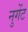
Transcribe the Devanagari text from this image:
नुगेंट